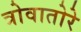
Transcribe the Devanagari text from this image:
त्रोवातोरे